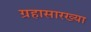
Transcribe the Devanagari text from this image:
ग्रहासारख्या